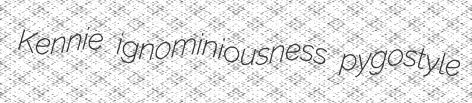
Kennie ignominiousness pygostyle